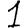
Digit: 1